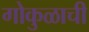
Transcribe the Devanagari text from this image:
गोकुळाची